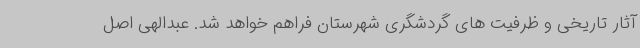
آثار تاریخی و ظرفیت های گردشگری شهرستان فراهم خواهد شد. عبدالهی اصل